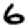
Digit: 6